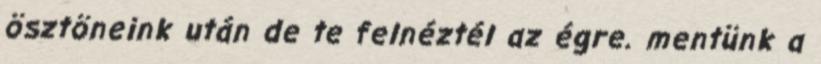
ösztöneink után de te felnéztél az égre. mentünk a